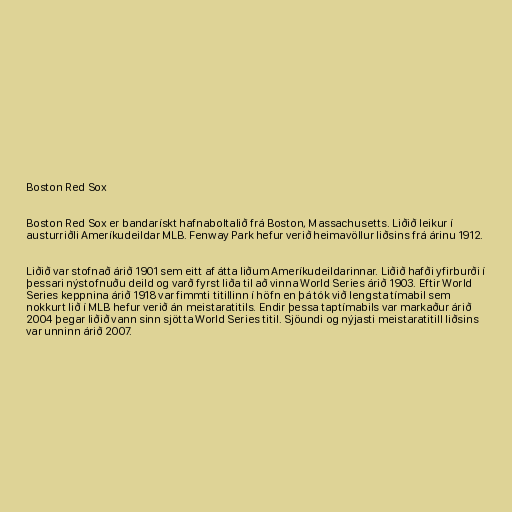
Boston Red Sox

Boston Red Sox er bandarískt hafnaboltalið frá Boston, Massachusetts. Liðið leikur í
austurriðli Ameríkudeildar MLB. Fenway Park hefur verið heimavöllur liðsins frá árinu 1912.

Liðið var stofnað árið 1901 sem eitt af átta liðum Ameríkudeildarinnar. Liðið hafði yfirburði í
þessari nýstofnuðu deild og varð fyrst liða til að vinna World Series árið 1903. Eftir World
Series keppnina árið 1918 var fimmti titillinn í höfn en þá tók við lengsta tímabil sem
nokkurt lið í MLB hefur verið án meistaratitils. Endir þessa taptímabils var markaður árið
2004 þegar liðið vann sinn sjötta World Series titil. Sjöundi og nýjasti meistaratitill liðsins
var unninn árið 2007.